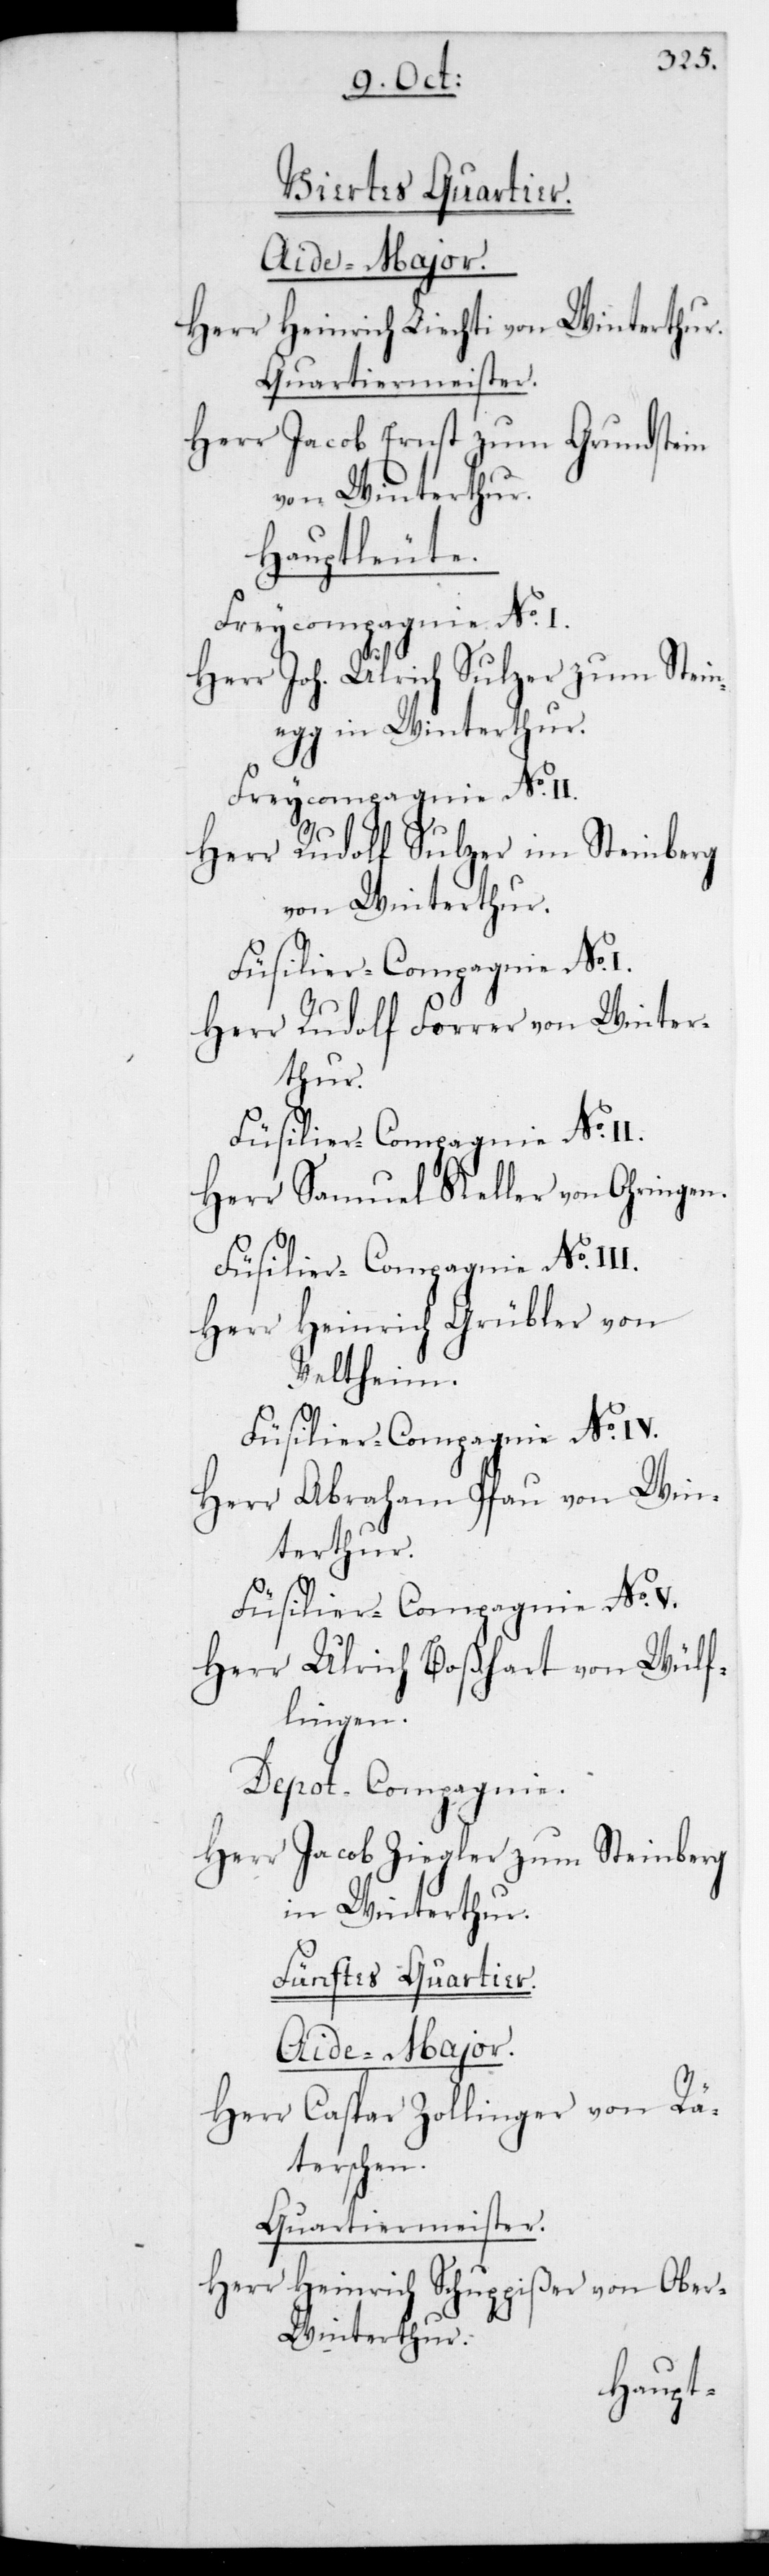
Viertes Quartier.
Aide-Major.
Herr Heinrich Liechti von Winterthur.
Quartiermeister.
Herr Jacob Ernst zum Grundstein
von Winterthur.
Hauptleute.
Freycompagnie No I.
Herr Joh. Ulrich Sulzer zum Stein¬
egg in Winterthur.
Freycompagnie No
Herr Rudolf Sulzer im Steinberg
von Winterthur.
Füsilier-Compagnie No
Herr Rudolf Forrer von Winter¬
thur.
Füsilier-Compagnie No IV.
Herr Samuel Keller von Ohringen.
Herr Heinrich Grübler von
Veltheim.
Herr Abraham Pfau von Win¬
terthur.
Füsilier-Compagnie No V.
Herr Ulrich Boßhart von Wülf¬
lingen.
Dépôt-Compagnie.
Herr Jacob Ziegler zum Steinberg
in Winterthur.
Fünftes Quartier.
Aide-Major.
Herr Caspar Zollinger von Rä¬
terschen.
Quartiermeister.
Herr Heinrich Schuppißer von Ober¬
winterthur.